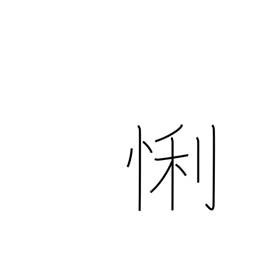
Meaning: clever